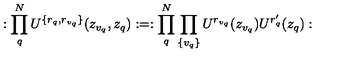
: \prod _ { q } ^ { N } U ^ { \{ r _ { q } , r _ { v _ { q } } \} } ( z _ { v _ { q } } , z _ { q } ) : = : \prod _ { q } ^ { N } \prod _ { \{ v _ { q } \} } U ^ { r _ { v _ { q } } } ( z _ { v _ { q } } ) U ^ { r _ { q } ^ { \prime } } ( z _ { q } ) :